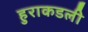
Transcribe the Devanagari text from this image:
हुराकडली